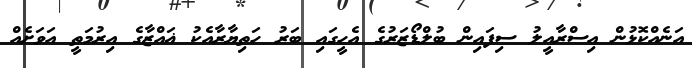
އަނެއްކޮޅުން އިސްރާއީލު ސިފައިން ބުލްޑޯޒަރުގެ އެހީގައި ބަރު ހަތިޔާރާއެކު ޣައްޒާގެ އިރުމަތީ އަވަށެއް